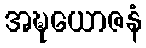
အဍ္ဎယောဇနံ